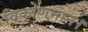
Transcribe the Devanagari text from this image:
विकोणमान।